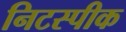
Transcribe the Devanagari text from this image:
निटस्पीक